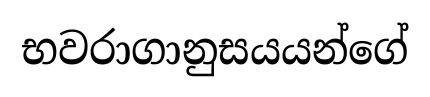
භවරාගානුසයයන්ගේ